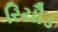
રિચૌડ